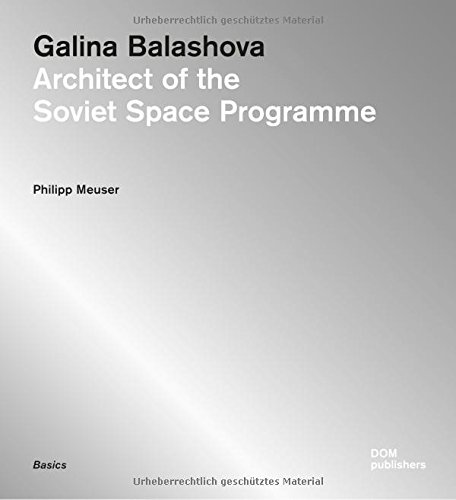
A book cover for Galina Balashova: Architect of the Soviet Space Programme; Philipp Meuser; Arts & Photography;